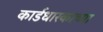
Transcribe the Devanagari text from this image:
कार्डधारकाच्या